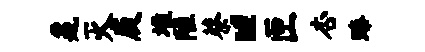
鼐灭庾堆陋蔡“匣杏臻